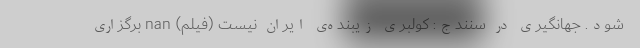
شود. جهانگیری در سنندج: کولبری زیبنده‌ی ایران نیست (فیلم) nan برگزاری